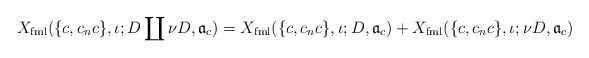
\begin{align*} X_{\mathrm{fml}}(\{c,c_nc\},\iota; D \coprod \nu D,\mathfrak a_c) =X_{\mathrm{fml}}(\{c,c_nc\},\iota; D,\mathfrak a_c)+X_{\mathrm{fml}}(\{c,c_nc\},\iota; \nu D,\mathfrak a_c) \\\end{align*}